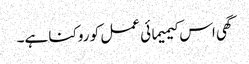
گھی اس کیمیمائی عمل کو روکنا ہے۔